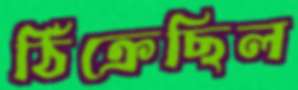
ঠিক্‌রেছিল